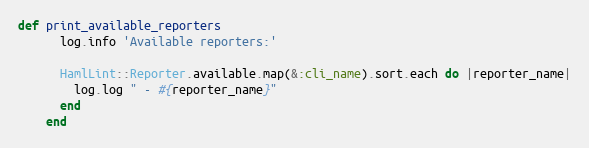
Language: Ruby
def print_available_reporters
      log.info 'Available reporters:'

      HamlLint::Reporter.available.map(&:cli_name).sort.each do |reporter_name|
        log.log " - #{reporter_name}"
      end
    end